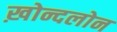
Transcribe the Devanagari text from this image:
ख़ोन्दलोन